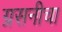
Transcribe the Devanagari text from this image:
ग्रसनीचा